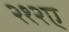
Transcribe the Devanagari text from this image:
२१२ए